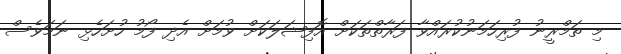
މި ތަމްރީނު ފުރިހަމަނުކުރައްވާ ފަރާތްތަކަށް އޮފިޝަލަކަށް ވުމަށް އެދި ފޯމު ހުށަހެޅި ނަމަވެސް